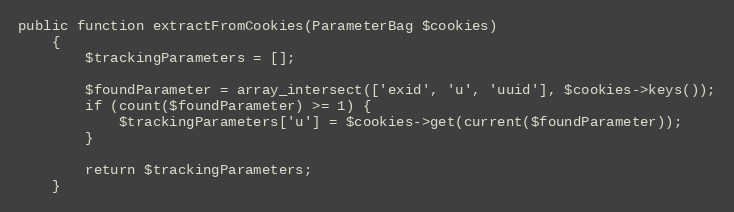
Language: PHP
public function extractFromCookies(ParameterBag $cookies)
    {
        $trackingParameters = [];

        $foundParameter = array_intersect(['exid', 'u', 'uuid'], $cookies->keys());
        if (count($foundParameter) >= 1) {
            $trackingParameters['u'] = $cookies->get(current($foundParameter));
        }

        return $trackingParameters;
    }